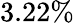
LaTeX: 3.22\%